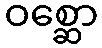
ဝစ္ဆော